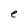
Character: e